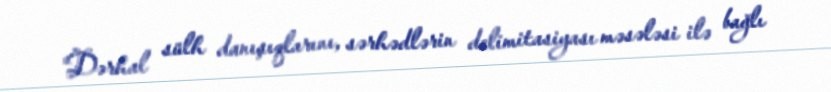
“Dərhal sülh danışıqlarını, sərhədlərin delimitasiyası məsələsi ilə bağlı